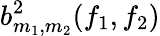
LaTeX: b_{m_{1},m_{2}}^{2}(f_{1},f_{2})